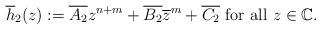
LaTeX: \begin{align*}\overline{h}_2(z):= \overline{A_2}z^{n+m}+\overline{B_2}\overline{z}^m +\overline{C_2}\textrm{ for all } z\in \mathbb{C}.\end{align*}